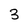
Character: 3